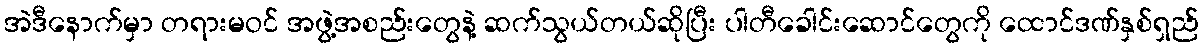
အဲဒီနောက်မှာ တရားမဝင် အဖွဲ့အစည်းတွေနဲ့ ဆက်သွယ်တယ်ဆိုပြီး ပါတီခေါင်းဆောင်တွေကို ထောင်ဒဏ်နှစ်ရှည်